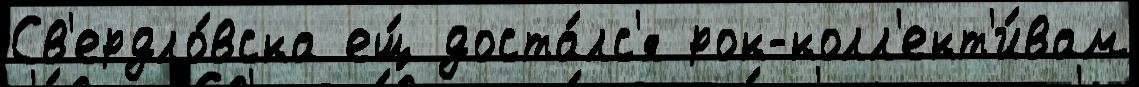
Св'ердло́вска ещ́ доста́лс'я рок-колл'ект'и́вам